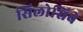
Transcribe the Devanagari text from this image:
सिलोसिबे